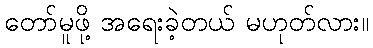
တော်မူဖို့ အရေးခဲ့တယ် မဟုတ်လား။